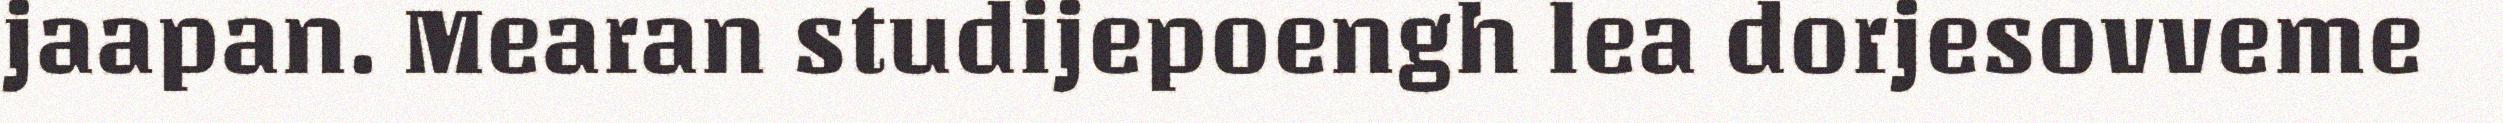
jaapan. Mearan studijepoengh lea dorjesovveme